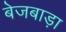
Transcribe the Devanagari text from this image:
बेजबाड़ा